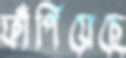
ফাঁপিয়েছে